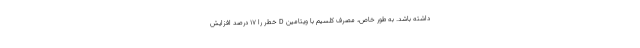
داشته باشد. به طور خاص، مصرف کلسیم با ویتامین D خطر را ۱۷ درصد افزایش